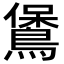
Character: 𪃁